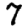
Digit: 7